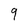
Character: 9